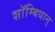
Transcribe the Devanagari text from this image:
शाॅम्बिधान्